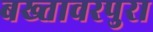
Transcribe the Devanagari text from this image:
बख्तावरपुरा